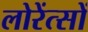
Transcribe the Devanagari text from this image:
लोरेंत्सों